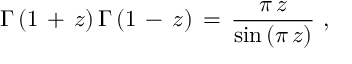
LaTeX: \Gamma \, ( 1 \, + \, z ) \, \Gamma \, ( 1 \, - \, z ) \, = \, \frac { \pi \, z } { \sin \, ( \pi \, z ) } \, \, ,